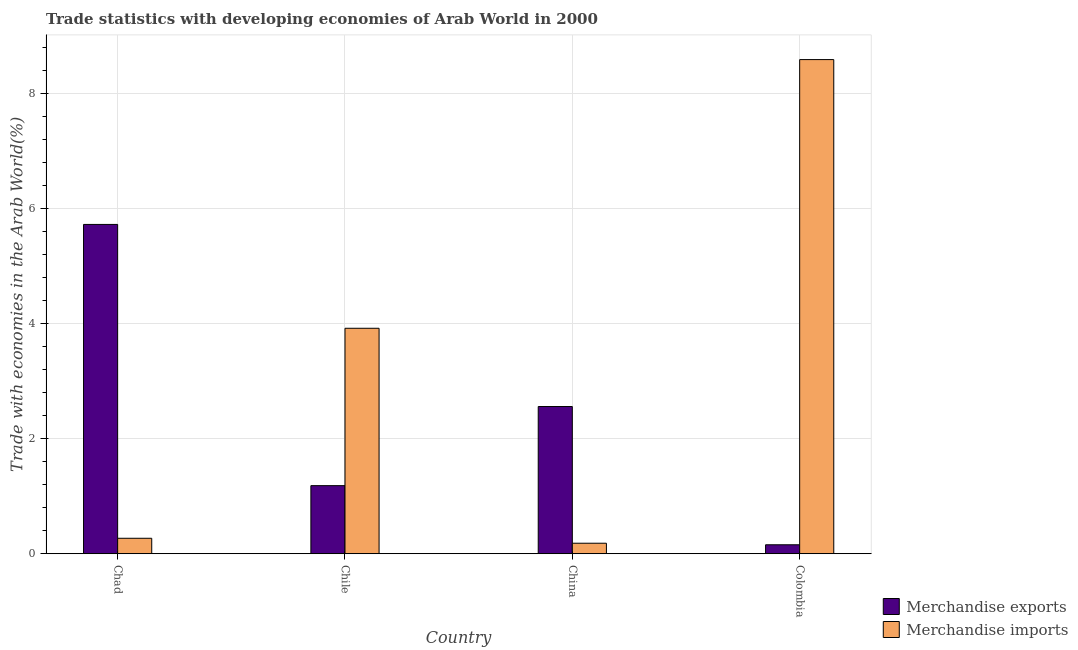
| Country | Merchandise exports | Merchandise imports |
 | --- | --- | --- |
 | Chad | 5.72 | 0.268 |
 | Chile | 1.18 | 3.92 |
 | China | 2.56 | 0.182 |
 | Colombia | 0.156 | 8.58 |